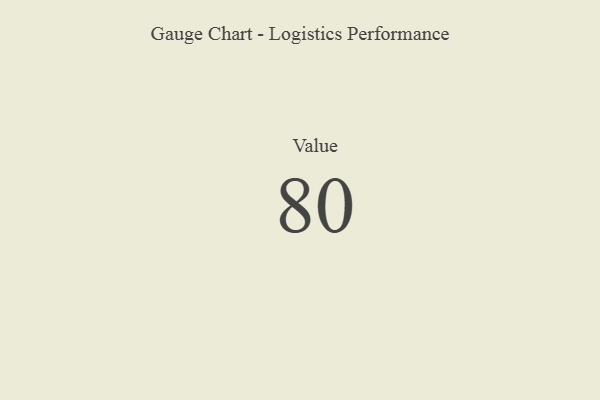
{"axis": {"x": "Metric", "y": "Value"}, "legend": [""], "data": [{"x": "Value", "y": 80, "type": ""}]}